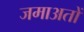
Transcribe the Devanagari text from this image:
जमाअतों